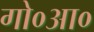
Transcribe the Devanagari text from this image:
गो०आ०